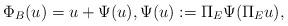
LaTeX: \begin{align*}\Phi_B(u)=u+\Psi(u), \Psi(u):=\Pi_E \Psi(\Pi_E u),\end{align*}